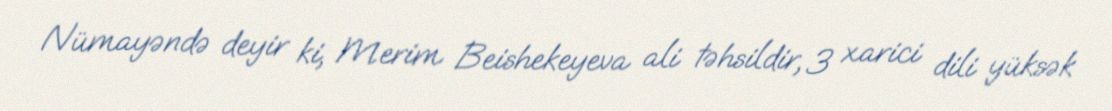
Nümayəndə deyir ki, Merim Beishekeyeva ali təhsildir, 3 xarici dili yüksək